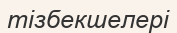
тізбекшелері